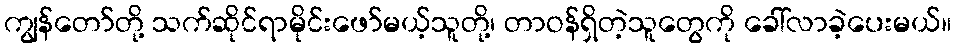
ကျွန်တော်တို့ သက်ဆိုင်ရာမိုင်းဖော်မယ့်သူတို့၊ တာဝန်ရှိတဲ့သူတွေကို ခေါ်လာခဲ့ပေးမယ်။